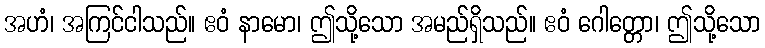
အဟံ၊ အကြင်ငါသည်။ ဧဝံ နာမော၊ ဤသို့သော အမည်ရှိသည်။ ဧဝံ ဂေါတ္တော၊ ဤသို့သော